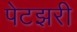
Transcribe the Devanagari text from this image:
पेटझरी